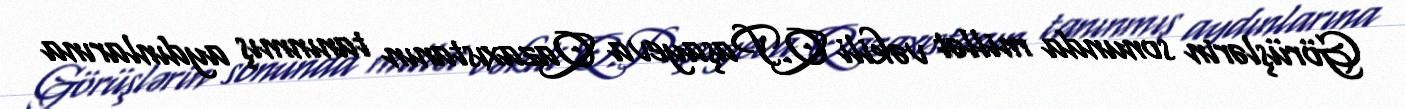
Görüşlərin sonunda millət vəkili Q.Paşayeva Qazaxıstanın tanınmış aydınlarına